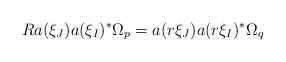
LaTeX: \begin{align*}Ra(\xi_J)a(\xi_I)^*\Omega_p = a(r \xi_J) a(r \xi_I)^* \Omega_q\end{align*}